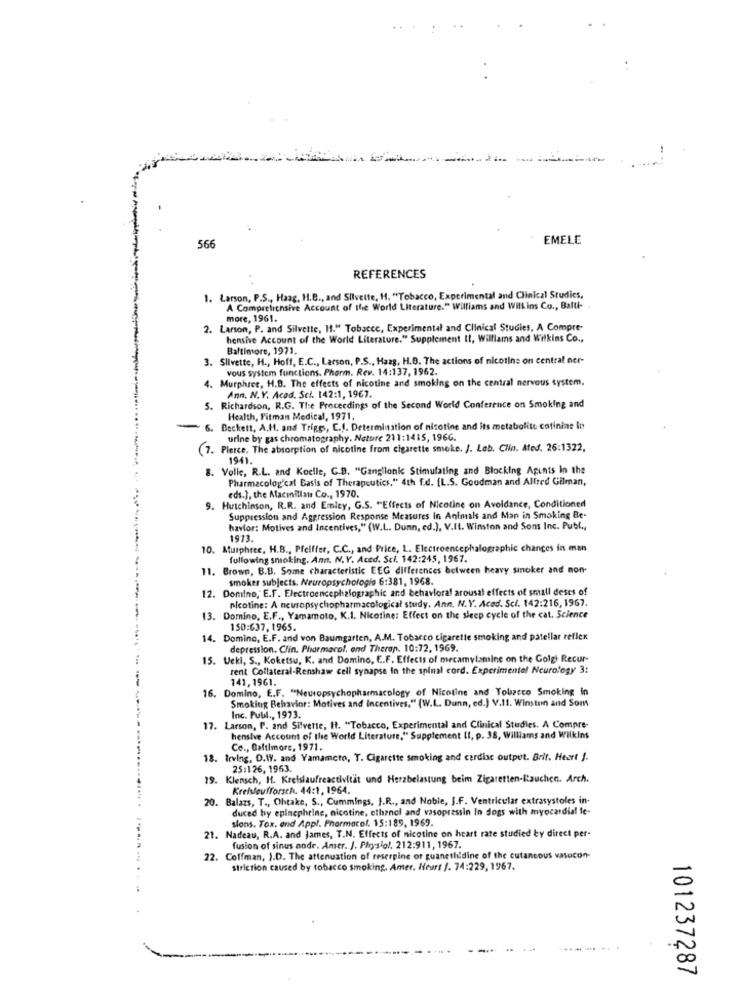
..
566
EMELE
REFERENCES
1. Larson, P.S ., Haag, H.B ., and Slivelte, H. "Tobacco, Experimental and Clinical Studies,
A Comprehensive Account of the World Literature." Williams and Will ins Co ., Balti-
more, 1961.
2. Larson, P. and Silvette, H." Tobacce, Experimental and Clinical Studies, A Compre-
hensive Account of the World Literature." Supplement It, Williams and Wilkins Co .,
Baltimore, 1971.
3. Slivette, H ., Hoff, E.C ., Larson, P.S ., Hazg, H.B. The actions of nicotine on central ner-
vous system functions. Pharm. Rev. 14:137, 1962.
4. Murphree, H.B. The effects of nicotine and smoking on the central nervous system.
Ann, N.Y. Acod. Sci. 142:1, 1967.
5. Richardson, R.G. The Proceedings of the Second World Conference on Smoking and
Health, Pitman Medical, 1971.
6. Beckett, A.H. and Triggs, C.I. Determination of nicotine and its metabolite cotinine In!
urine by gas chromatography. Nature 211:1415, 196G.
7. Pierce. The absorption of nicotine from cigarette smoke. J. Leb. CNin. Ated. 26:1322,
1941.
8. Volle, R.L. and Koelle, C.B. "Ganglionic Stimulating and Blocking Agents In the
Pharmacolog'cal Basis of Therapeutics," 4th f.d. [L.S. Goodman and Alfred Gilman,
9. Hutchinson, R.R. and Emley, G.S. "Effects of Nicotine on Avoidance, Conditioned
eds.), the Macmillan Co ., 1970.
Suppression and Aggression Response Measures In Animals and Man in Smoking Be-
havior: Motives and Incentives," (W.L. Dunn, ed.), V.It. Winston and Sons Inc. Publ .,
1973.
10. Murphree, H.B ., Pfeiffer, C.C ., and Price, L. Electroencephalographic changes in man
following smoking. Ann. N.Y. Aced. Sci. 142:245, 1967.
11. Brown, B.B. Some characteristic EEG differences between heavy sinoker and non-
smoker subjects. Neuropsychologie 6:381, 1968.
12. Domino, E.F. Electroencephalographic and behavioral arousal effects of small deses of
nicotine: A neuropsychopharmacological study, Ann. N.Y. Aced. Scl. 142:216, 1967.
13. Domino, E.F ., Yamamoto, K.I. Nicotine: Effect on the sleep cycle of the cat. Science
150:637, 1965.
14. Domino, E.F. and von Baumgarten, A.M. Tobarco cigarette smoking and patellar reflex
depression. Clin. Pharmacol, and Therap. 10:72, 1969.
15. Ucki, S ., Koketsu, K. and Domino, E.F. Effects of mecamylamine on the Golgi Recur-
rent Collateral-Renshaw cell synapse in the splmal cord. Experimental Neurology 3:
141, 1961.
16. Domino, E.F. "Neuropsychopharmacology of Nicotine and Tobacco Smoking in
Smoking Behavior: Motives and Incentives," (W.L. Dunn, ed.) V.11. Winston and Sons
Inc. Pull ., 1973.
17. Larson, P. and Sitvente, H. "Tobacco, Experimental and Clinical Studies. A Compre-
hensive Account of the World Literature," Supplement II, p. 38, Williams and Wilkins
Co ., Baltimore, 1971.
18. Irving, D.W. and Yamamcto, T. Cigarette smoking and cardiac outpet. Brit. Heart J.
25:126, 1963.
19. Klensch, H. Kreislaufreactivität und Herzbelastung beim Zigaretten-Rauchen. Arch.
Kreislaufforsch. 44:1, 1964.
20. Balazs, T ., Ohtake, S ., Cummings, J.R ., and Noble, J.F. Ventricular extrasystoles in-
duced by epinephrine, nicotine, ethanol and vasopressin In dogs with myocardial Ic-
sions. Tox. end Appl. Pharmace !, 15:189, 1969.
21. Nadeau, R.A. and James, T.N. Effects of nicotine on heart rate studied by direct per-
fusion of sinus node. Amer. J. Physlol, 212:911, 1967.
22. Coffman, I.D. The attenuation of reserpine or guanethi'dine of the cutaneous vasocon-
striction caused by tobacco smoking. Amer. Heurt /. 74:229, 1967.
101237287